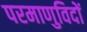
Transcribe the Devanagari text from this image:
परमाणुविदों